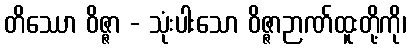
တိဿော ဝိဇ္ဇာ - သုံးပါးသော ဝိဇ္ဇာဉာဏ်ထူးတို့ကို၊